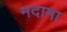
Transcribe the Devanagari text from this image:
मदामा